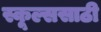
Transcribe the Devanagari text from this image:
स्कूल्ससाठी